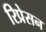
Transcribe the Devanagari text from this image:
रिप्रेसन